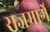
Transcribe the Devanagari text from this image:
राजमार्गे